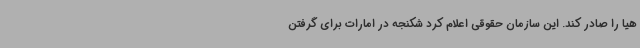
هیا را صادر کند. این سازمان حقوقی اعلام کرد شکنجه در امارات برای گرفتن